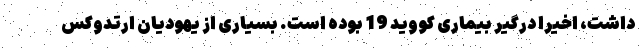
داشت، اخیرا درگیر بیماری کووید 19 بوده است. بسیاری از یهودیان ارتدوکس